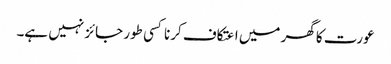
عورت کا گھر میں اعتکاف کرنا کسی طور جائز نہیں ہے۔